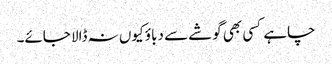
چاہے کسی بھی گوشے سے دباؤ کیوں نہ ڈالا جائے۔